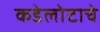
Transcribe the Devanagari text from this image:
कडेलोटाचे